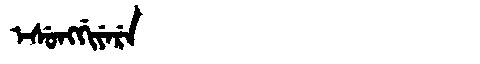
Manchu: ᡝᠰᡠᠩᡤᡳᠶᡝᡵᡝ
Romanization: ESUNGGIYERE